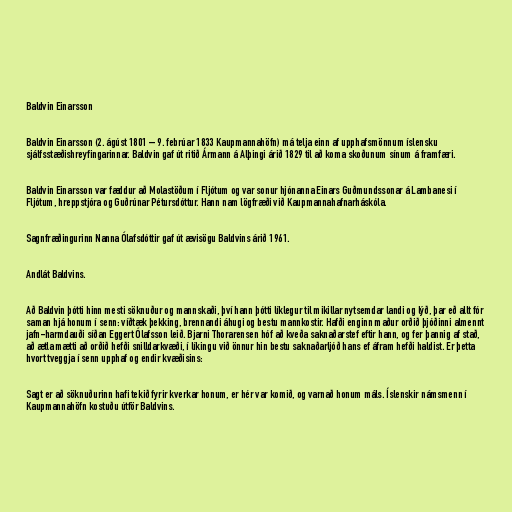
Baldvin Einarsson

Baldvin Einarsson (2. ágúst 1801 – 9. febrúar 1833 Kaupmannahöfn) má telja einn af upphafsmönnum íslensku
sjálfsstæðishreyfingarinnar. Baldvin gaf út ritið Ármann á Alþingi árið 1829 til að koma skoðunum sínum á framfæri.

Baldvin Einarsson var fæddur að Molastöðum í Fljótum og var sonur hjónanna Einars Guðmundssonar á Lambanesi í
Fljótum, hreppstjóra og Guðrúnar Pétursdóttur. Hann nam lögfræði við Kaupmannahafnarháskóla.

Sagnfræðingurinn Nanna Ólafsdóttir gaf út ævisögu Baldvins árið 1961.

Andlát Baldvins.

Að Baldvin þótti hinn mesti söknuður og mannskaði, því hann þótti líklegur til mikillar nytsemdar landi og lýð, þar eð allt fór
saman hjá honum í senn: víðtæk þekking, brennandi áhugi og bestu mannkostir. Hafði enginn maður orðið þjóðinni almennt
jafn-harmdauði síðan Eggert Ólafsson leið. Bjarni Thorarensen hóf að kveða saknaðarstef eftir hann, og fer þannig af stað,
að ætla mætti að orðið hefði snilldarkvæði, í líkingu við önnur hin bestu saknaðarljóð hans ef áfram hefði haldist. Er þetta
hvort tveggja í senn upphaf og endir kvæðisins:

Sagt er að söknuðurinn hafi tekið fyrir kverkar honum, er hér var komið, og varnað honum máls. Íslenskir námsmenn í
Kaupmannahöfn kostuðu útför Baldvins.